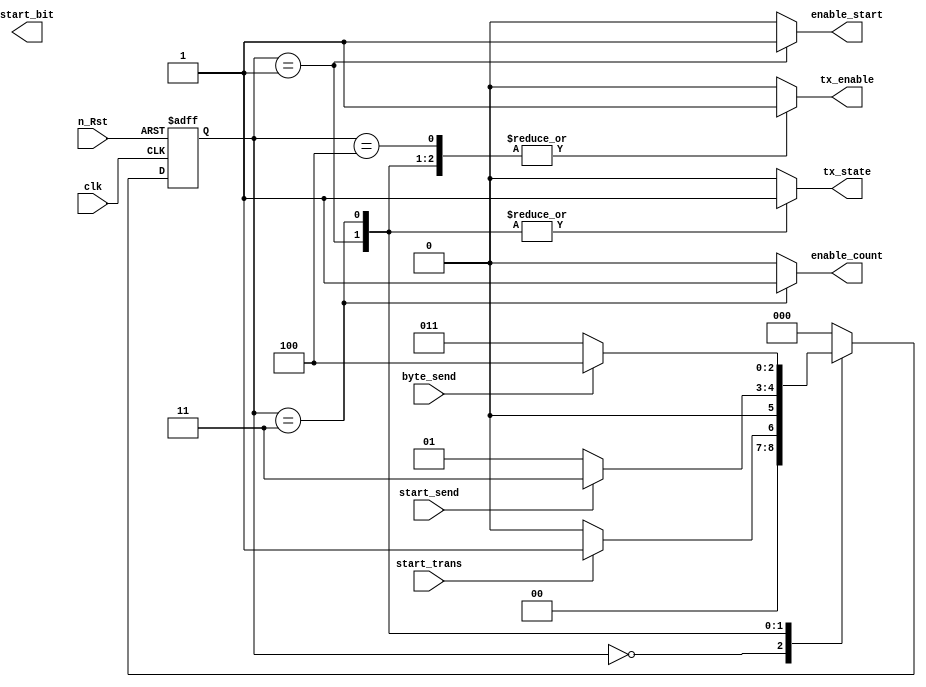
/*
Reference UART design : 
1. http://www.quicklogic.com/assets/pdf/data_sheets/QL_UART_PSB_DS_RevC.pdf
2. http://www.ece301.com/fpga-projects/52-uart-txd.html
3. http://www.engr.siu.edu/~haibo/ece428/notes/ece428_uart.pdf
4. http://en.wikipedia.org/wiki/Universal_asynchronous_receiver/transmitter

--FILE DETAILS--
File name:   	tcu.v
Created:     	2/28/2013
Author:      	Chuan Yean Tan
Version:		1.0 
Description: 	transmitter control unit
*/ 

module tcu(		input clk, n_Rst, 
			input byte_send,		//data is sent
			input start_trans, 		//signal from the debugger to start transmitting
			input start_send,
			output reg enable_count,//counts the number of bits that is sent out
			output reg enable_start,
			output reg tx_enable,
			output reg start_bit,	//send start bit
			output reg tx_state		//indicating whether it is IDLE(0) or BUSY(1) 
				);

				
//TOP LEVEL STATES
parameter [2:0]
		IDLE		= 	3'd0,
		START_SEND 	= 	3'd1,
		START_BIT	= 	3'd2,
		SEND_BIT	= 	3'd3, 
		STOP	 	= 	3'd4;
		
reg [2:0] state;
reg [2:0] nextState;
		
//next state logic
always @ (posedge clk, negedge n_Rst) begin 

	if (n_Rst == 1'd0) begin 
		state <= IDLE; 
	end else begin 
		state <= nextState;
	end
end 

//state machines transition
always @ (state, start_trans, byte_send, start_send) begin
	case (state)
	
	IDLE: begin 
		if (start_trans == 1'b1) begin 
			nextState <= START_SEND; 
		end else begin
			nextState <= IDLE;
		end
	end  
	
	START_SEND: begin
		if (start_send == 1'b1)begin 
			nextState <= SEND_BIT;
		end else begin
			nextState <= START_SEND;
		end
	end
	
	SEND_BIT: begin 
		if (byte_send == 1'b1) begin
			nextState <= STOP;
		end else begin
			nextState <= SEND_BIT;
		end
	end

	STOP: begin 
			nextState <= IDLE;
	end 

	default: begin
		nextState <= IDLE;
	end
	endcase
end 

//state machine output
always @ (state, start_trans, byte_send)
begin 

	case (state) 
	
	IDLE: begin
		enable_start 	= 1'b0;
		enable_count 	= 1'b0;
		tx_state 	= 1'b0;
		tx_enable 	= 1'b0;
	end

	START_SEND: begin
		enable_start 	= 1'b1;
		enable_count 	= 1'b0;
		tx_state 	= 1'b1;
		tx_enable	= 1'b1;
	end
	
	SEND_BIT: begin 
		enable_start	= 1'b0;
		enable_count 	= 1'b1;
		tx_state 	= 1'b1;
		tx_enable 	= 1'b1;
	end

	STOP: begin 
		enable_start 	= 1'b0;
		enable_count 	= 1'b0;
		tx_state 	= 1'b0;
		tx_enable 	= 1'b1;
	end
	
	default: begin
		enable_start 	= 1'b0;
		enable_count 	= 1'b0;
		tx_state 	= 1'b0;
		tx_enable 	= 1'b0;
	end
	endcase
end
	
endmodule